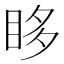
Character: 眵